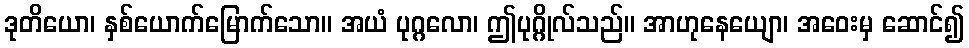
ဒုတိယော၊ နှစ်ယောက်မြောက်သော။ အယံ ပုဂ္ဂလော၊ ဤပုဂ္ဂိုလ်သည်။ အာဟုနေယျော၊ အဝေးမှ ဆောင်၍